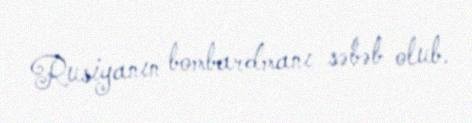
Rusiyanın bombardmanı səbəb olub.